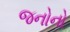
જનોનો